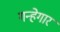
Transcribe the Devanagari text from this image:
गन्हेगार